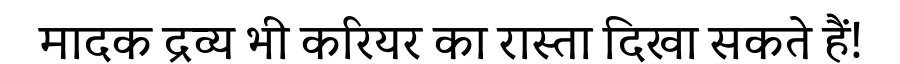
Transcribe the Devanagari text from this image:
मादक द्रव्य भी करियर का रास्ता दिखा सकते हैं!